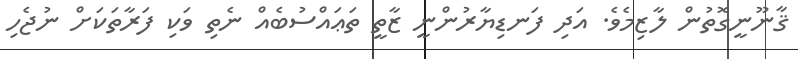
ޤާނޫނީގޮތުން ލާޒިމެވެ. އަދި ފަނޑިޔާރުންނީ ޒާތީ ތަޢައްސުބެއް ނެތި ވަކި ފަރާތަކަށް ނުޖެހި